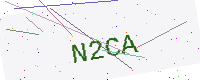
Text: N2CA